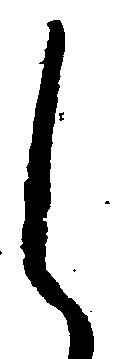
し